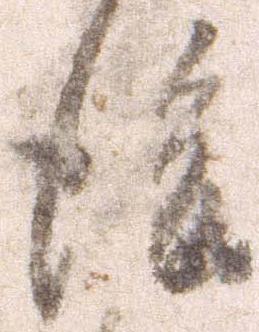
後